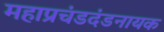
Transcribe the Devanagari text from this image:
महाप्रचंडदंडनायक